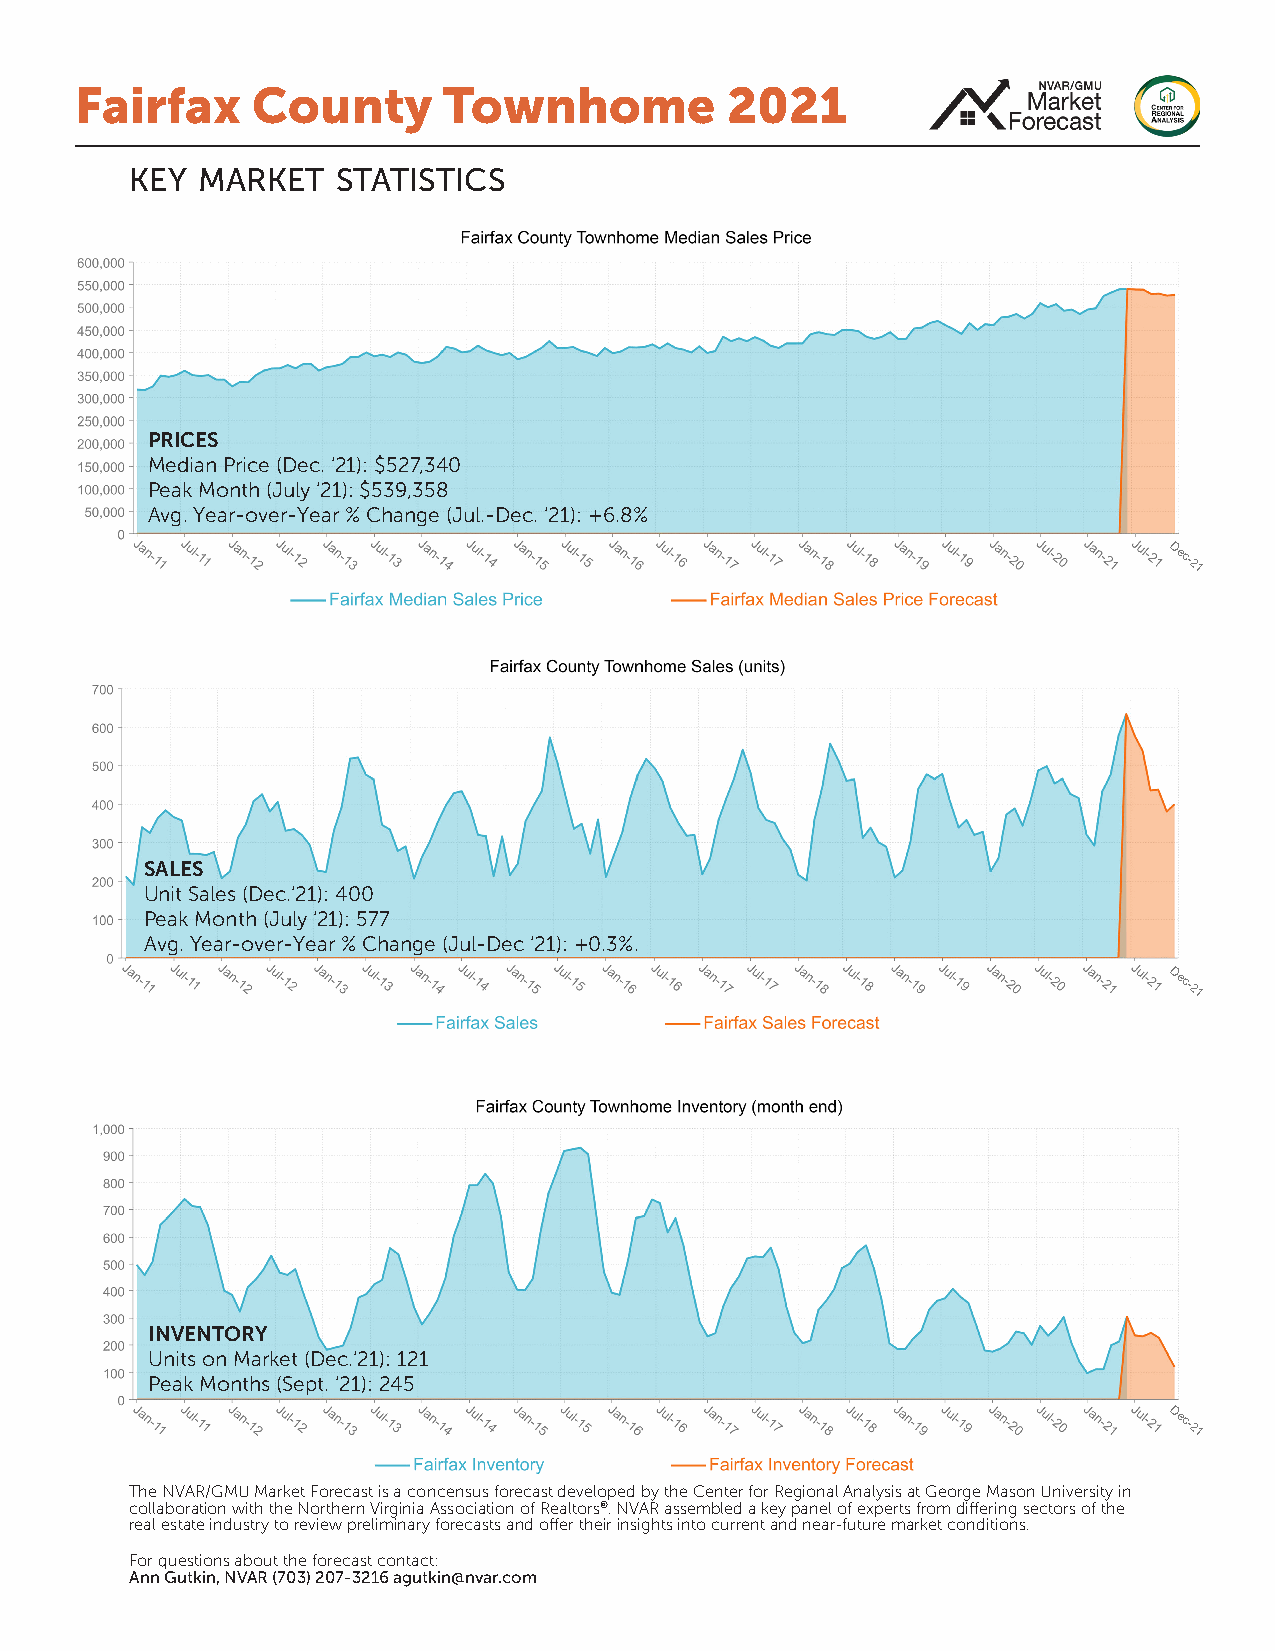
Fairfax     County      Townhome           2021
 key market   statistics
 PRICES
 Median Price (Dec. ‘21): $527,340
 Peak Month (July ‘21): $539,358
 Avg. Year-over-Year % Change (Jul.-Dec. ‘21): +6.8%
 Dec-21
 SALES
 Unit Sales (Dec.‘21): 400
 Peak Month (July ‘21): 577
 Avg. Year-over-Year % Change (Jul-Dec ‘21): +0.3%.
 Dec-21
 INVENTORY
 Units on Market (Dec.‘21): 121
 Peak Months (Sept. ‘21): 245
 Dec-21
 The NVAR/GMU Market Forecast is a concensus forecast developed by the Center for Regional Analysis at George Mason University in
 collaboration with the Northern Virginia Association of Realtors®. NVAR assembled a key panel of experts from differing sectors of the
 real estate industry to review preliminary forecasts and offer their insights into current and near-future market conditions.
 For questions about the forecast contact:
 Ann Gutkin, NVAR (703) 207-3216 agutkin@nvar.com